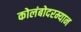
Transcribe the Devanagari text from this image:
कोलंबोदरम्यान